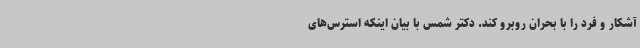
آشکار و فرد را با بحران روبرو کند. دکتر شمس با بیان اینکه استرس‌های